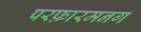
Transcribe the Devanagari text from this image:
परफ़ारमनग